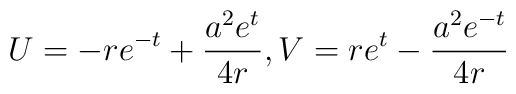
U=-re^{-t}+\frac{a^{2}e^{t}}{4r},V=re^{t}-\frac{a^{2}e^{-t}}{4r}